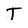
Character: T